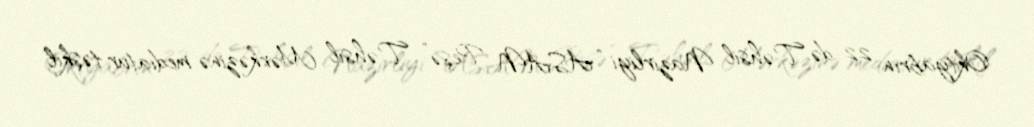
Oktyabrın 22-də Təhsil Nazirliyi “ASAN Peşə” Təhsil Mərkəzinə mediatur təşkil